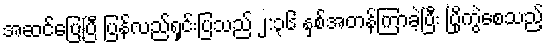
အဆင်ပြေပြီ ပြန်လည်ရှင်းပြသည် ၂:၃၆ နှစ်အတန်ကြာခဲ့ပြီး ပြိုကွဲစေသည့်